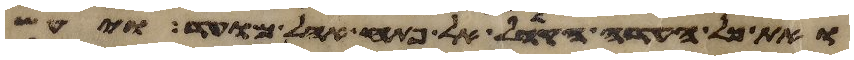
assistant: ואת כל העדה הקהל אל פתח אהל מועד ויעש